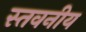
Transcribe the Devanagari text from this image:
स्तवनीय